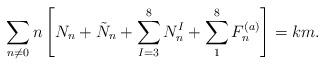
LaTeX: \begin{align*}\sum_{n \neq 0} n \left[ N_n + \tilde{N}_n + \sum_{I=3}^8 N_n^I + \sum_{1}^8 F^{(a)}_n \right] = k m.\end{align*}